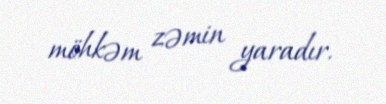
möhkəm zəmin yaradır.